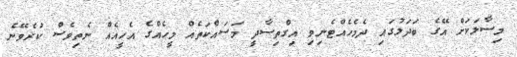
މިސާލަކަށް އޭގެ ބަދަލުގައި ދެމެހެއްޓެނިވި އިގްތިސާދީ މަސައްކަތެއް މީހެއްގެ އެހީއެއް ނެތިވެސް ކުރެވޭނެ